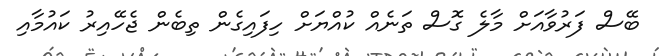
ބޭސް ފަރުވާއަށް މާލެ ގޮސް ތަނެއް ކުއްޔަށް ހިފައިގެން ތިބެން ޖެހޭއިރު ކައުމާއި